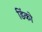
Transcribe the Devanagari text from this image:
डिंको